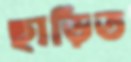
ছাড়িত